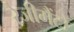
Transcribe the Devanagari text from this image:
रेजीमैंटों